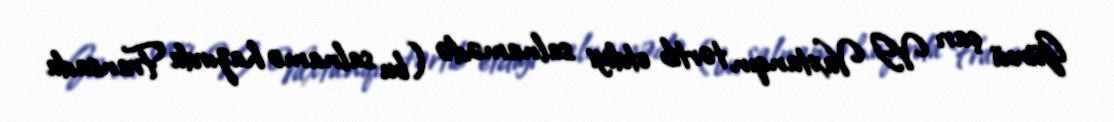
Gürcü çarı VI Vaxtanqın tərtib etdiyi salnamədə (bu salnamə hazırda Fransada